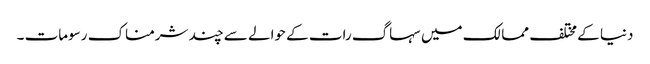
دنیا کے مختلف ممالک میں سہاگ رات کے حوالے سے چند شرمناک رسومات ۔